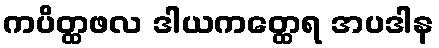
ကပိတ္ထဖလ ဒါယကတ္ထေရ အပဒါန